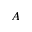
A